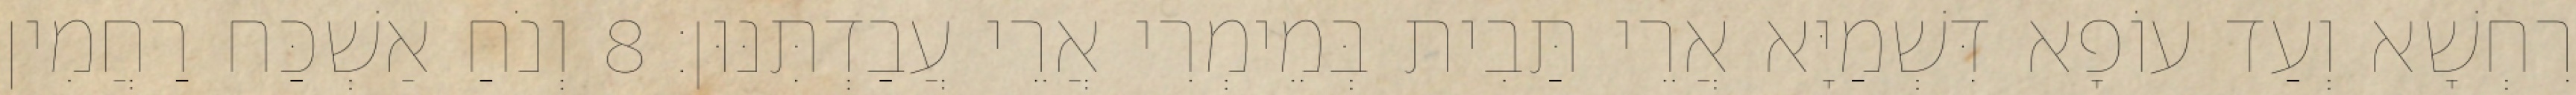
רִחְשָׁא וְעַד עוֹפָא דִּשְׁמַיָּא אֲרֵי תַּבִית בְּמֵימְרִי אֲרֵי עֲבַדְתִּנּוּן׃ 8 וְנֹחַ אַשְׁכַּח רַחֲמִין